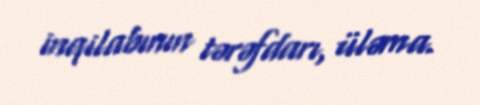
inqilabının tərəfdarı, üləma.